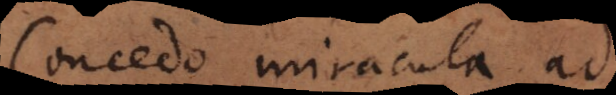
Concedo miracula ad